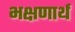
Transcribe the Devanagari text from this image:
भक्षणार्थ